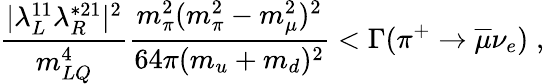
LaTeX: \frac{|\lambda_{L}^{11}\lambda_{R}^{*21}|^{2}}{m_{LQ}^{4}}\frac{m_{\pi}^{2}(m_{\pi}^{2}-m_{\mu}^{2})^{2}}{64\pi(m_{u}+m_{d})^{2}}<\Gamma(\pi^{+}\rightarrow\overline{{{\mu}}}\nu_{e})\; ,